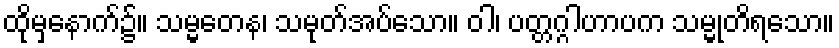
ထိုမှနောက်၌။ သမ္မတေန၊ သမုတ်အပ်သော။ ဝါ၊ ပတ္တဂ္ဂါဟာပက သမ္မုတိရသော။